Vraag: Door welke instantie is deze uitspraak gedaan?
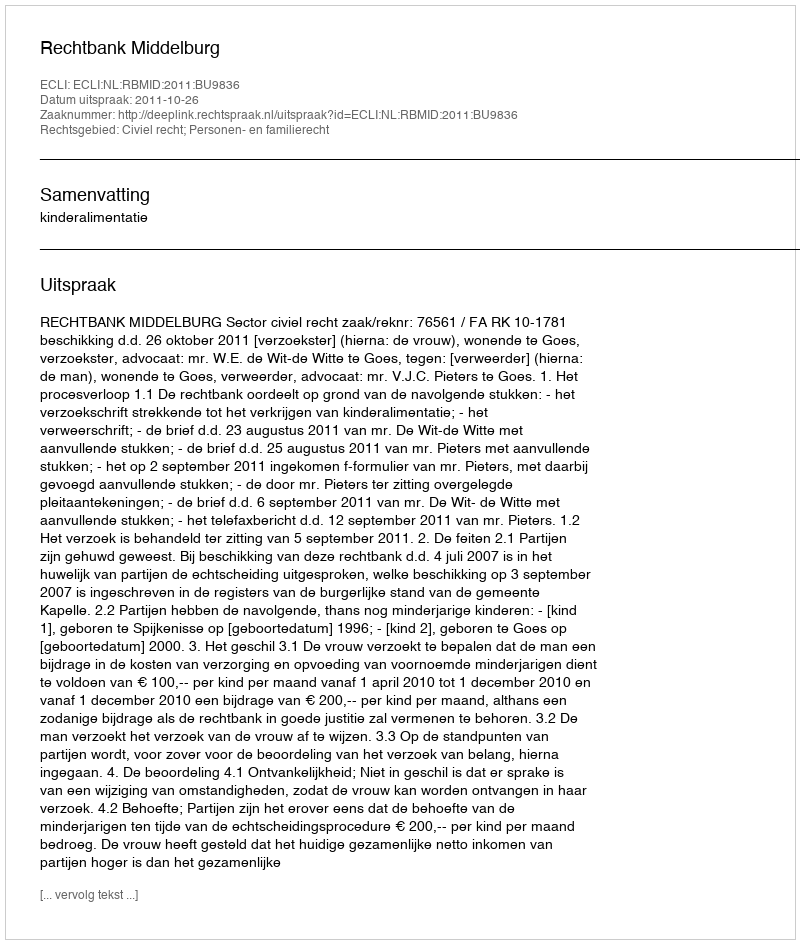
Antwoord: Rechtbank Middelburg